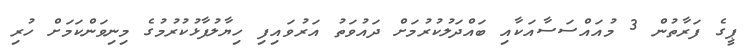
ޕީގެ ފަރާތުން 3 މުއައްސަސާއަކާއި ބައްދަލުކުރުމަށް ދައުވަތު އަރުވައިފި ހިޔާލުފާޅުކުރުމުގެ މިނިވަންކަމަށް ހުރި